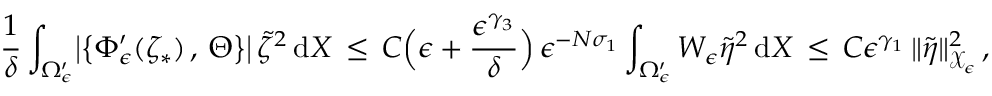
\frac { 1 } { \delta } \int _ { \Omega _ { \epsilon } ^ { \prime } } \bigl | \bigl \{ \Phi _ { \epsilon } ^ { \prime } ( \zeta _ { * } ) \, , \, \Theta \bigr \} \bigr | \, \tilde { \zeta } ^ { 2 } \, \mathrm { d } X \, \le \, C \Bigl ( \epsilon + \frac { \epsilon ^ { \gamma _ { 3 } } } { \delta } \Bigr ) \, \epsilon ^ { - N \sigma _ { 1 } } \int _ { \Omega _ { \epsilon } ^ { \prime } } W _ { \epsilon } \tilde { \eta } ^ { 2 } \, \mathrm { d } X \, \le \, C \epsilon ^ { \gamma _ { 1 } } \, \| \tilde { \eta } \| _ { \mathcal { X } _ { \epsilon } } ^ { 2 } \, ,